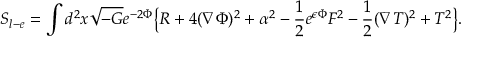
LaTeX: S _ { l - e } = \int d ^ { 2 } x \sqrt { - G } e ^ { - 2 \Phi } \big \{ R + 4 ( \nabla \Phi ) ^ { 2 } + \alpha ^ { 2 } - { \frac { 1 } { 2 } } e ^ { \epsilon \Phi } F ^ { 2 } - { \frac { 1 } { 2 } } ( \nabla T ) ^ { 2 } + T ^ { 2 } \big \} .